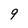
Character: 9